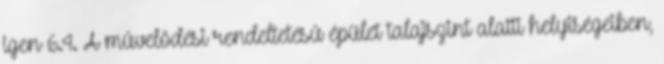
igen 6.4. A mûvelõdési rendeltetésû épület talajszint alatti helyiségeiben,